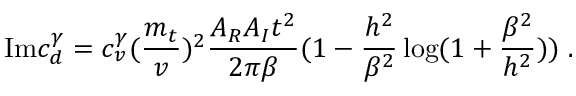
\mathrm { I m } c _ { d } ^ { \gamma } = c _ { v } ^ { \gamma } ( { \frac { m _ { t } } { v } } ) ^ { 2 } { \frac { A _ { R } A _ { I } t ^ { 2 } } { 2 \pi \beta } } ( 1 - { \frac { h ^ { 2 } } { \beta ^ { 2 } } } \log ( 1 + { \frac { \beta ^ { 2 } } { h ^ { 2 } } } ) ) \; .